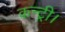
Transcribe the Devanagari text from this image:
कन्ट्री।